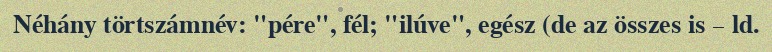
Néhány törtszámnév: "pére", fél; "ilúve", egész (de az összes is – ld.